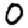
Digit: 0